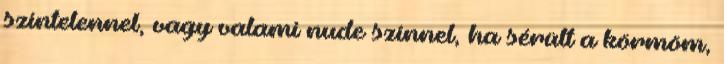
színtelennel, vagy valami nude színnel, ha sérült a körmöm,